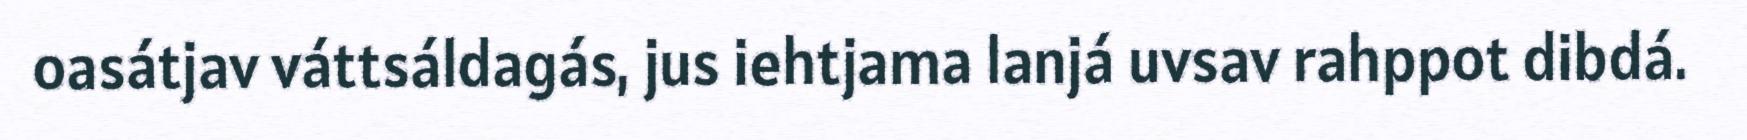
oasátjav váttsáldagás, jus iehtjama lanjá uvsav rahppot dibdá.